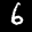
Label: 6